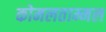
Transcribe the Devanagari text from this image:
कोमलताम्मल